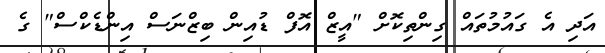
އަދި އެ ގައުމުތައް ގިންތިކޮށް "އީޒް އޮފް ޑުއިން ބިޒްނަސް އިންޑެކްސް" ގެ